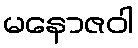
မနောဇဝါ